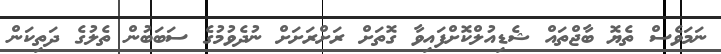
ނަމަވެސް ތެޔޮ ބާޖްތައް ޝެޑިއުލްކޮށްފައިވާ ގޮތަށް ރަށްރަށަށް ނުދެވުމުގެ ސަބަބުން ތެލުގެ ދަތިކަން